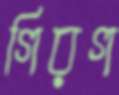
গিরগ